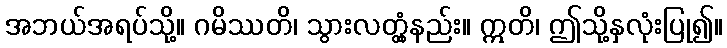
အဘယ်အရပ်သို့။ ဂမိဿတိ၊ သွားလတ္တံ့နည်း။ ဣတိ၊ ဤသို့နှလုံးပြု၍။